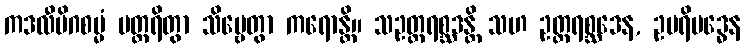
ကဒလီမိဂစမ္မံ ပတ္ထရိတွာ သိဗ္ဗေတွာ ကရောန္တိ။ သဥတ္တရစ္ဆဒန္တိ သဟ ဥတ္တရစ္ဆဒေန, ဥပရိဗဒ္ဓေန